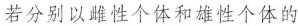
若分别以雌性个体和雄性个体的